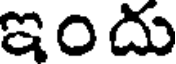
ఇందు